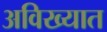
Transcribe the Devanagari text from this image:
अविख्यात